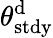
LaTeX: \theta_{\mathrm{stdy}}^{\mathrm{d}}